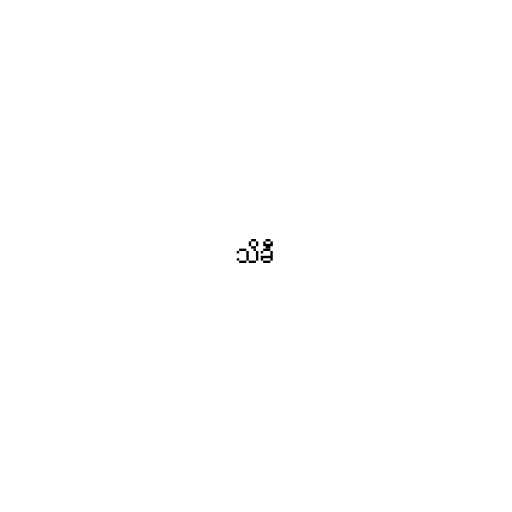
သိခီ